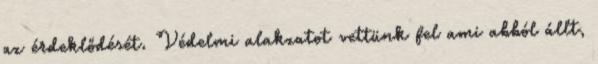
az érdeklődését. Védelmi alakzatot vettünk fel ami abból állt,